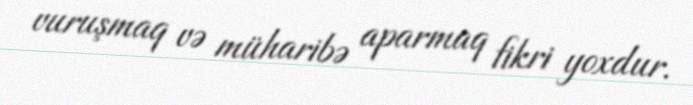
vuruşmaq və müharibə aparmaq fikri yoxdur.